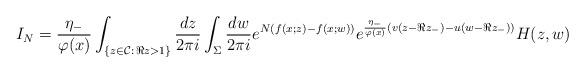
LaTeX: \begin{align*} I_{N} &= \frac{ \eta_{-}}{\varphi(x)} \int_{\{z \in \mathcal{C}:\, \Re{z} > 1\}} \frac{dz}{2\pi i} \int_{\Sigma} \frac{dw}{2\pi i} e^{N(f(x;z) - f(x;w))} e^{\frac{\eta_{-}}{\varphi(x)}( v(z-\Re{z_{-}})-u(w-\Re{z_{-}})) } H(z, w) \end{align*}